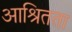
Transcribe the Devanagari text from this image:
आश्रितता